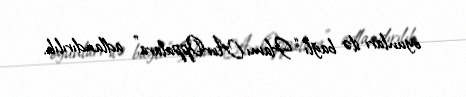
oyunları ilə bağlı “Hamı AvrOppalara” adlandırılıb.